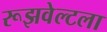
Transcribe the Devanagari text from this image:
रूझवेल्टला